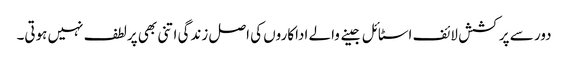
دور سے پرکشش لائف اسٹائل جینے والے اداکاروں کی اصل زندگی اتنی بھی پرلطف نہیں ہوتی۔